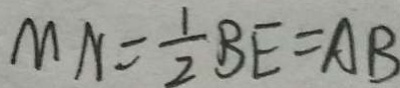
M N = \frac { 1 } { 2 } B E = A B